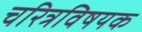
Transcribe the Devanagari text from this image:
चरित्रविषयक